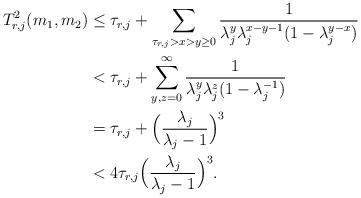
LaTeX: \begin{align*}T^2_{r,j}(m_1,m_2)&\leq \tau_{r,j} + \sum_{\tau_{r,j} > x > y\geq 0} \frac{1}{\lambda_j^y \lambda_j^{x-y-1}(1-\lambda_j^{y-x})}\\&< \tau_{r,j} +\sum_{y,z=0}^{\infty} \frac{1}{\lambda_j^y \lambda_j^z (1-\lambda_j^{-1})}\\&= \tau_{r,j}+\Big(\frac{\lambda_j}{\lambda_j-1} \Big)^3\\&<4\tau_{r,j}\Big(\frac{\lambda_j}{\lambda_j-1} \Big)^3.\end{align*}